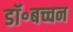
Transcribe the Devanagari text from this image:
डॉ॰बच्चन